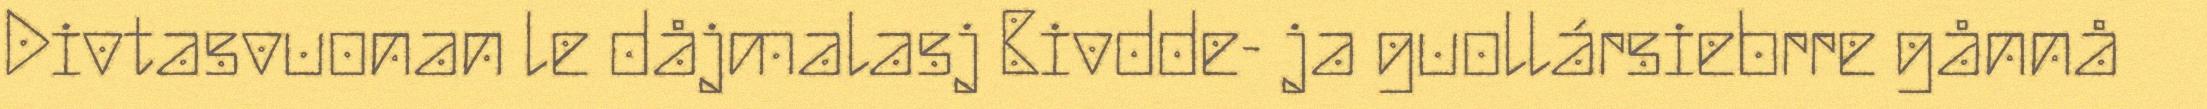
Divtasvuonan le dåjmalasj Bivdde- ja guollársiebrre gånnå